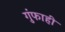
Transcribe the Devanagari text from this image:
गुंफाही